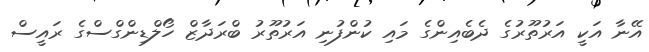
އޭނާ އަކީ އަރުތޫރުގެ ދެބެއިންގެ މައި ކުންފުނި އަރުތޫރު ބްރަދާޒް ހޯލްޑިންގްސްގެ ރައީސް